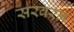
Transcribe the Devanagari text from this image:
सरवरन